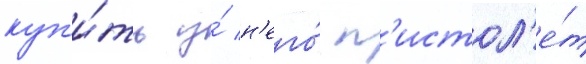
куп'и́ть у́ н'его́ п'истол'е́т